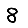
Digit: 8